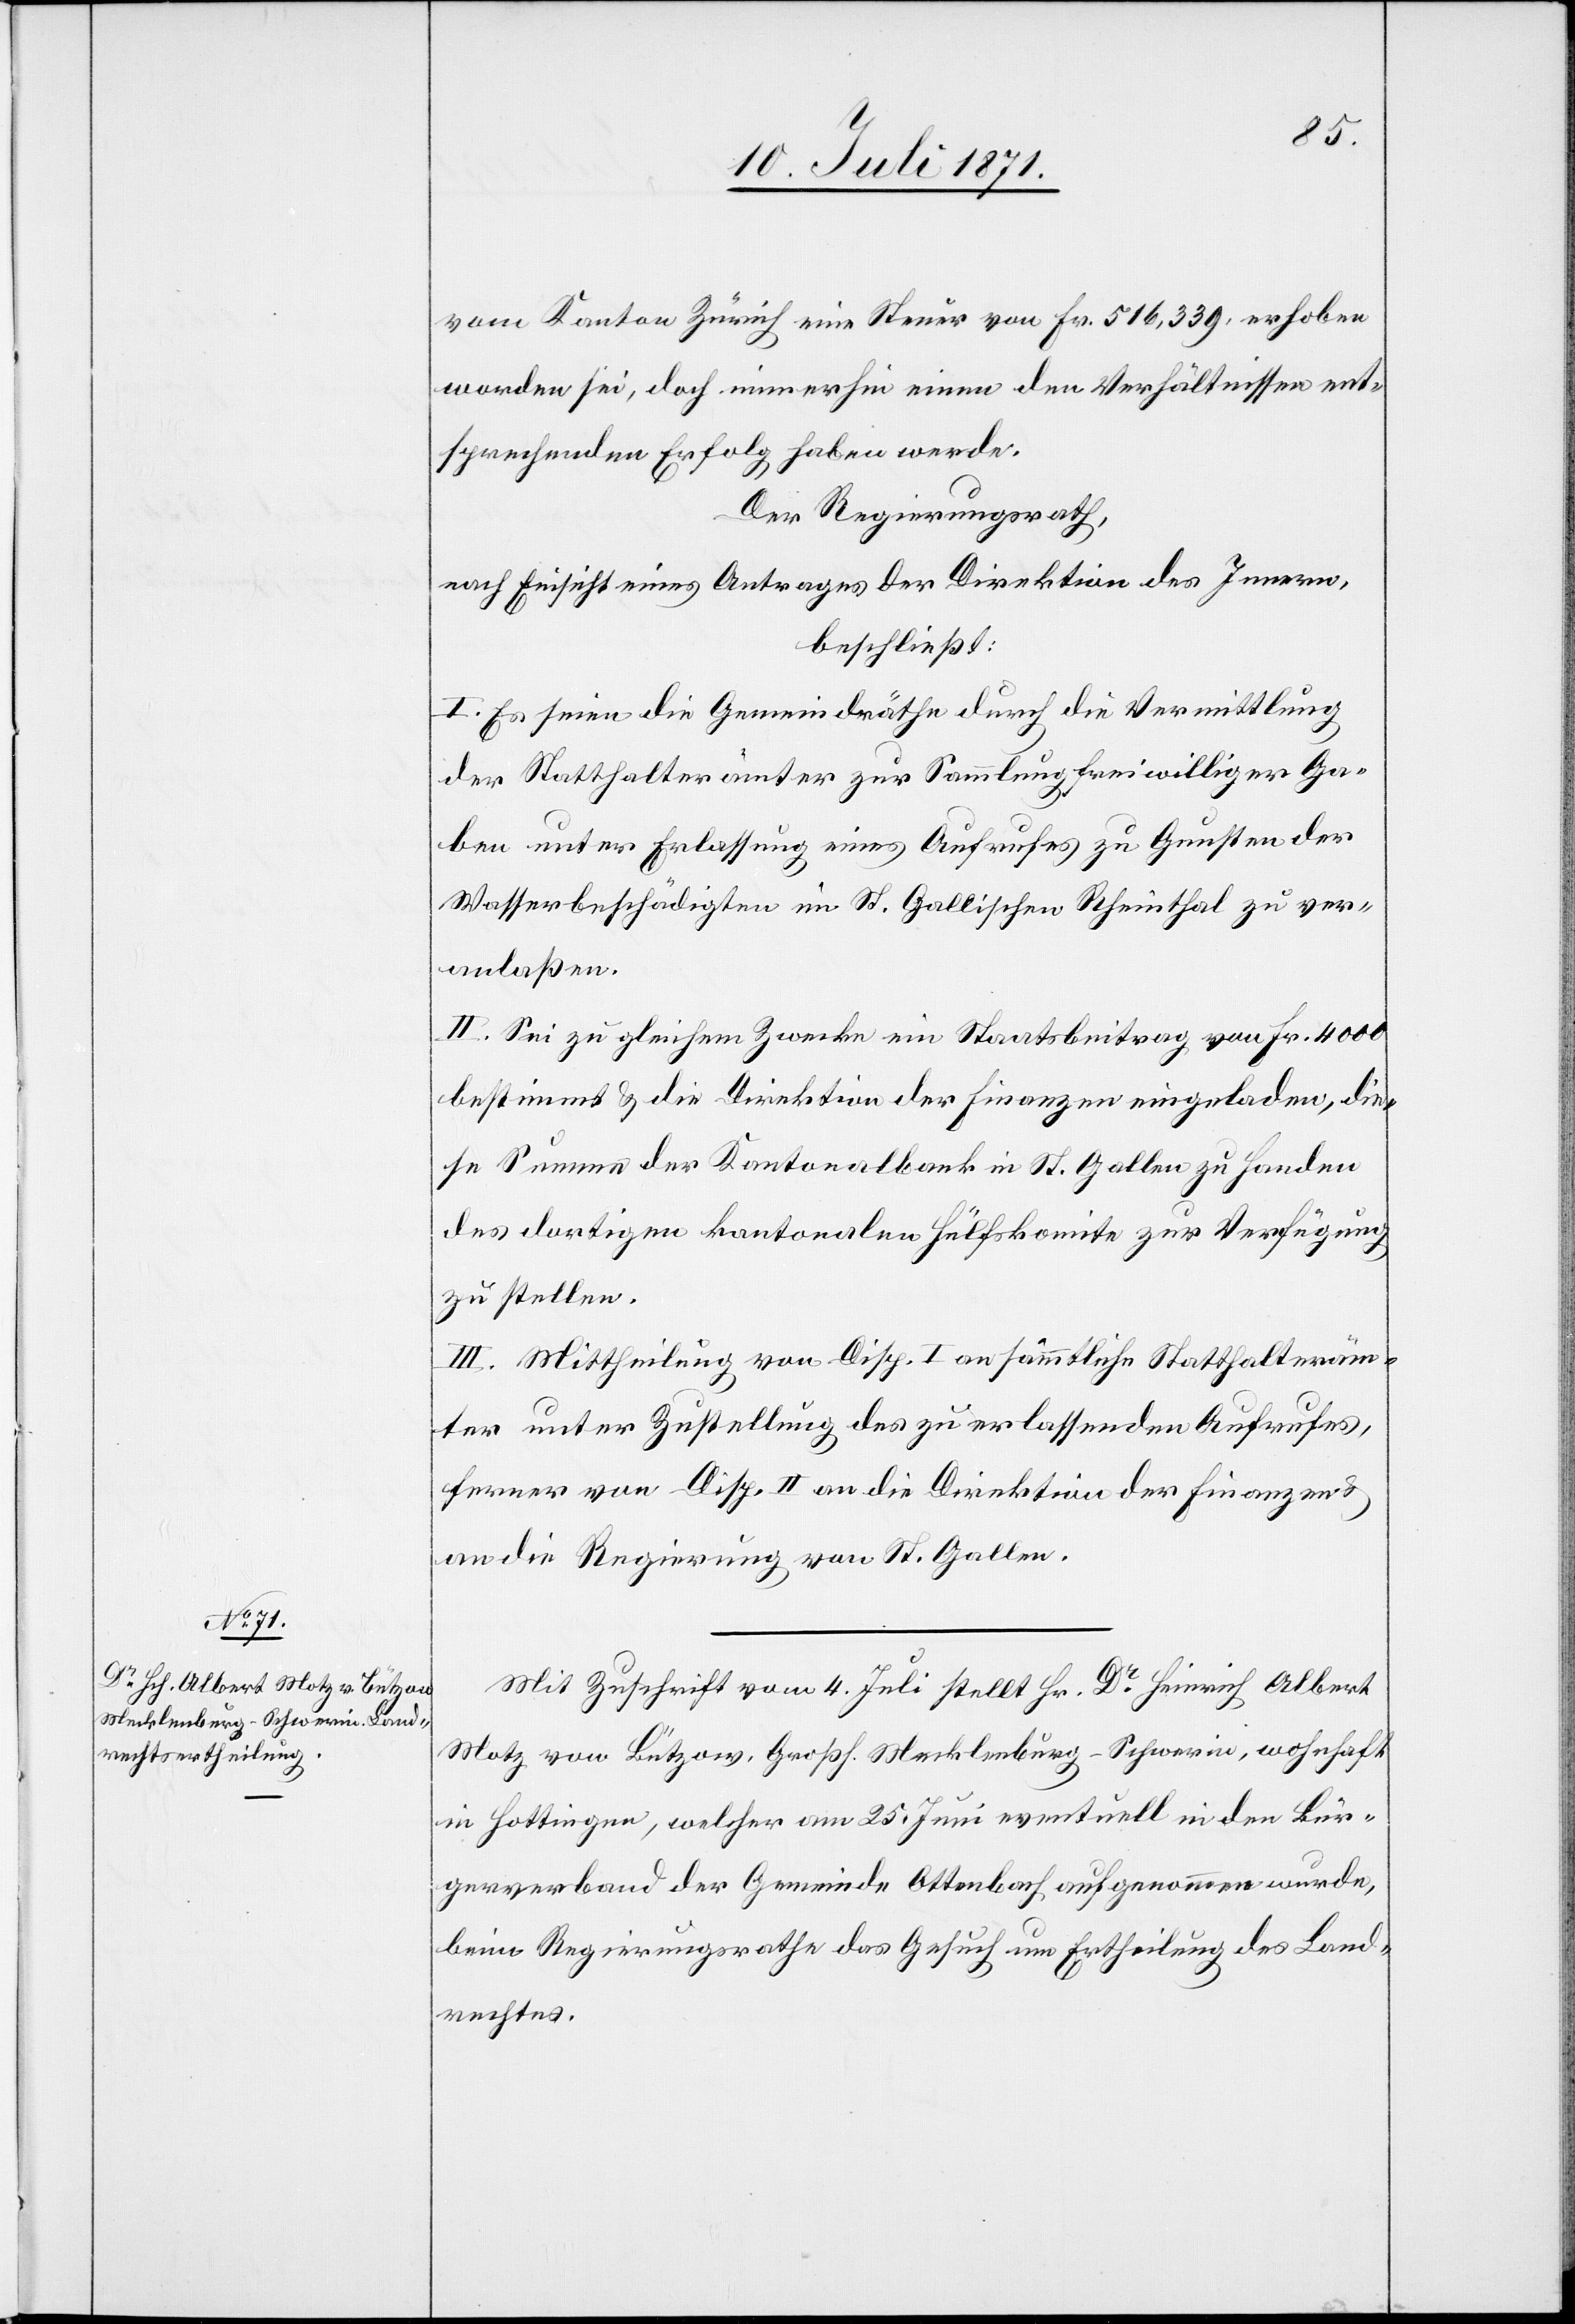
vom Kanton Zürich eine Steuer von Fr. 516,339. erhoben
worden sei, doch immerhin einen den Verhältnissen ent¬
sprechenden Erfolg haben werde.
Der Regierungsrath,
nach Einsicht eines Antrages der Direktion des Innern,
beschließt:
I. Es seien die Gemeindräthe durch die Vermittlung
der Statthalterämter zur Sammlung freiwilliger Ga¬
ben unter Erlassung eines Aufrufes zu Gunsten der
Wasserbeschädigten im St. Gallischen Rheinthal zu ver¬
anlaßen.
II. Sei zu gleichem Zwecke ein Staatsbeitrag von Fr. 4000
bestimmt u. die Direktion der Finanzen eingeladen, die¬
se Summe der Kantonalbank in St. Gallen zu Handen
des dortigen kantonalen Hülfskomite zur Verfügung
zu stellen.
III. Mittheilung von Disp. I an sämmtliche Statthalteräm¬
ter unter Zustellung des zu erlassenden Aufrufes,
ferner von Disp. II an die Direktion der Finanzen
an die Regierung von St. Gallen.
Mit Zuschrift vom 4. Juli stellt Hr. Dr. Heinrich Albert
Motz von Bützow. Großh. Mecklenburg-Schwerin, wohnhaft
in Hottingen, welcher am 25. Juni eventuell in den Bür¬
gerverband der Gemeinde Ottenbach aufgenommen wurde,
beim Regierungsrathe das Gesuch um Ertheilung des Land¬
rechtes.